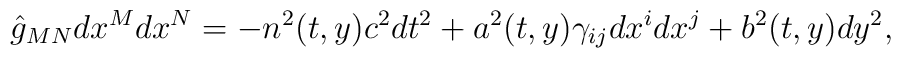
\hat{g}_{MN}dx^Mdx^N=-n^2(t,y)c^2dt^2+a^2(t,y)\gamma_{ij}dx^idx^j+b^2(t,y)dy^2,